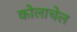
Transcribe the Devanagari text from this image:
कोलाचेल